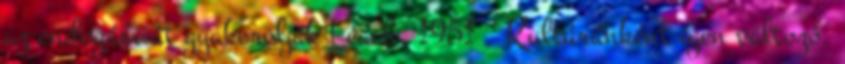
az endogámiát gyakorolják Leach, 1951 . Kultúránként igen változó,